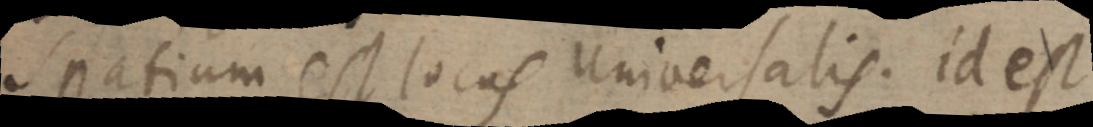
Spatium est locus universalis. id est